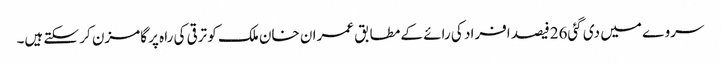
سروے میں دی گئی26فیصد افراد کی رائے کے مطابق عمران خان ملک کو ترقی کی راہ پر گامزن کر سکتے ہیں۔